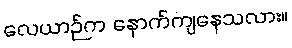
လေယာဉ်က နောက်ကျနေသလား။